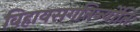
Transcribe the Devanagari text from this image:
विहायसगतिर्ज्योतिः